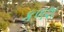
કળશ